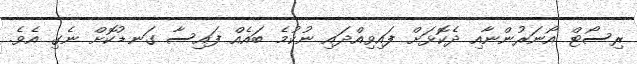
ރިސޯޓް އޯނަރުންނާއި ދެކޮޅަށް ފައިވިއްދައި ނުކުމެ ބައެއް ފައިސާ ގަނޑުކޮށް ނެގި އެވެ.